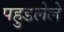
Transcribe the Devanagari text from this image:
पहुडलेले